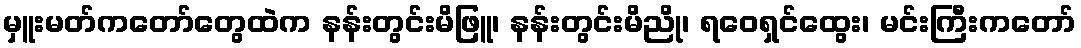
မှူးမတ်ကတော်တွေထဲက နန်းတွင်းမိဖြူ၊ နန်းတွင်းမိညို၊ ရဝေရှင်ထွေး၊ မင်းကြီးကတော်